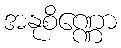
အနုစိဏ္ဏော